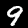
Digit: 9